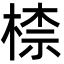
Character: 㮏